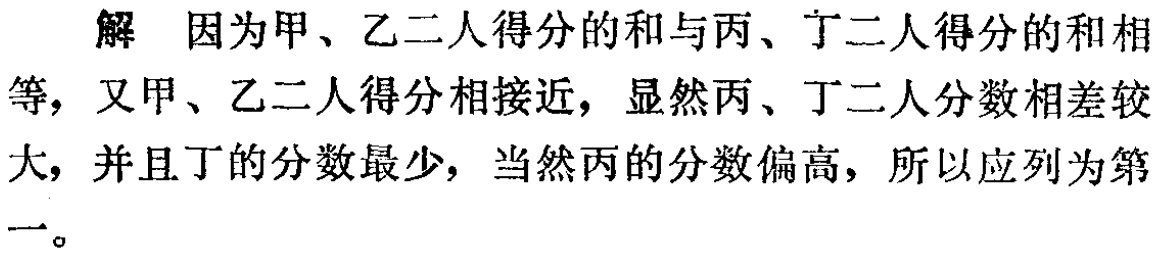
解 因为甲、乙二人得分的和与丙、丁二人得分的和相等，又甲、乙二人得分相接近，显然丙、丁二人分数相差较大，并且丁的分数最少，当然丙的分数偏高，所以应列为第一。